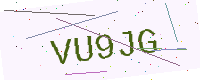
Text: VU9JG